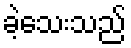
ခဲ့သေးသည်